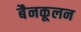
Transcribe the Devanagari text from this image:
बैनकूलन